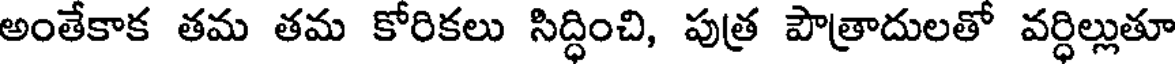
అంతేకాక తమ తమ కోరికలు సిద్ధించి, పుత్ర పౌత్రాదులతో వర్ధిల్లుతూ